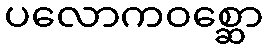
ပလောကဝစ္ဆော